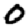
Digit: 0